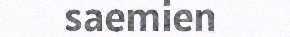
saemien